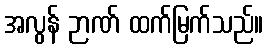
အလွန် ဉာဏ် ထက်မြက်သည်။